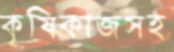
কৃষিকাজসহ